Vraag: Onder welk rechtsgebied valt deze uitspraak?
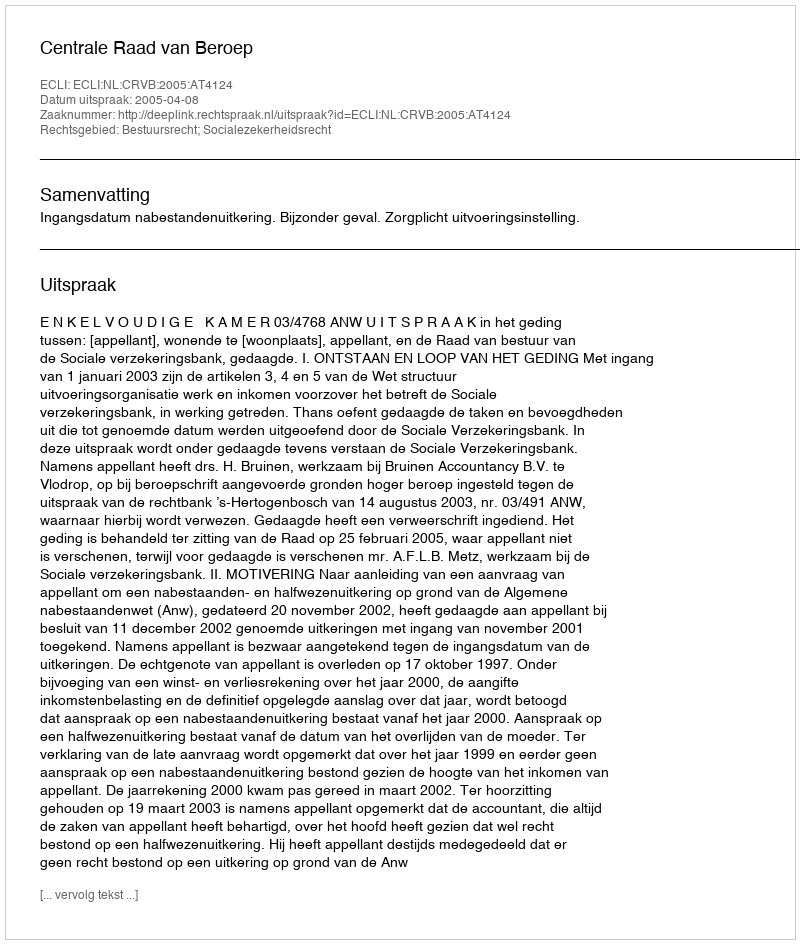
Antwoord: Bestuursrecht; Socialezekerheidsrecht